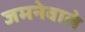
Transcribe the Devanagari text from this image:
जमनेवाले